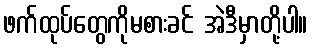
ဖက်ထုပ်တွေကိုမစားခင် အဲဒီမှာတို့ပါ။